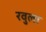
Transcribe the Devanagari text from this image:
रवुला